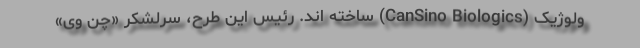
ولوژیک (CanSino Biologics) ساخته اند. رئیس این طرح، سرلشکر «چن وی»